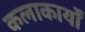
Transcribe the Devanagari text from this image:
कलाकार्यों